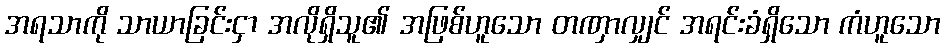
အရသာကို သာယာခြင်းငှာ အလိုရှိသူ၏ အဖြစ်ဟူသော တဏှာလျှင် အရင်းခံရှိသော ကံဟူသော